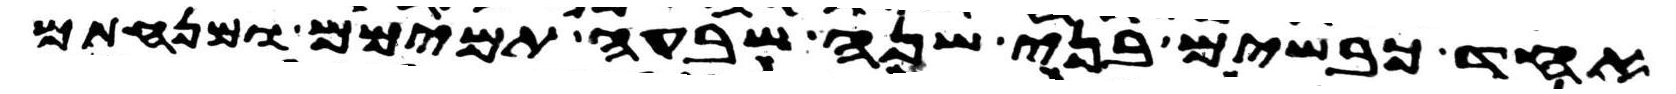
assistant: אחד כבשים בני שנה שבעה תמימם ומנחתם